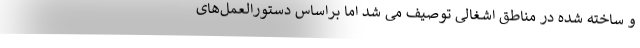
و ساخته شده در مناطق اشغالی توصیف می شد اما براساس دستورالعمل‌های